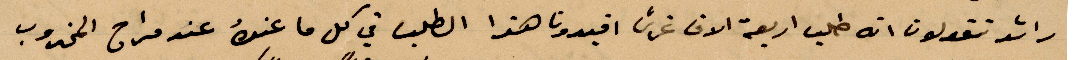
راشد تقولون انه طلب أربعة الاف غرش افيدونا هذا الطلب في كل ما عن عند مراح المخروب